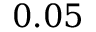
0 . 0 5